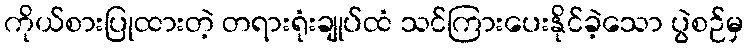
ကိုယ်စားပြုထားတဲ့ တရားရုံးချုပ်ထံ သင်ကြားပေးနိုင်ခဲ့သော ပွဲစဉ်မှ